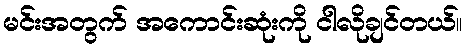
မင်းအတွက် အကောင်းဆုံးကို ငါလိုချင်တယ်။